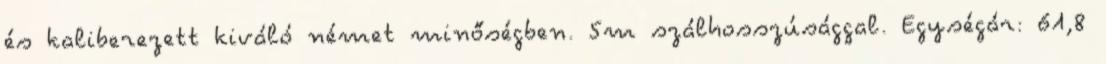
és kaliberezett kiváló német minőségben. 5m szálhosszúsággal. Egységár: 61,8